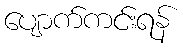
ပျောက်ကင်းရန်